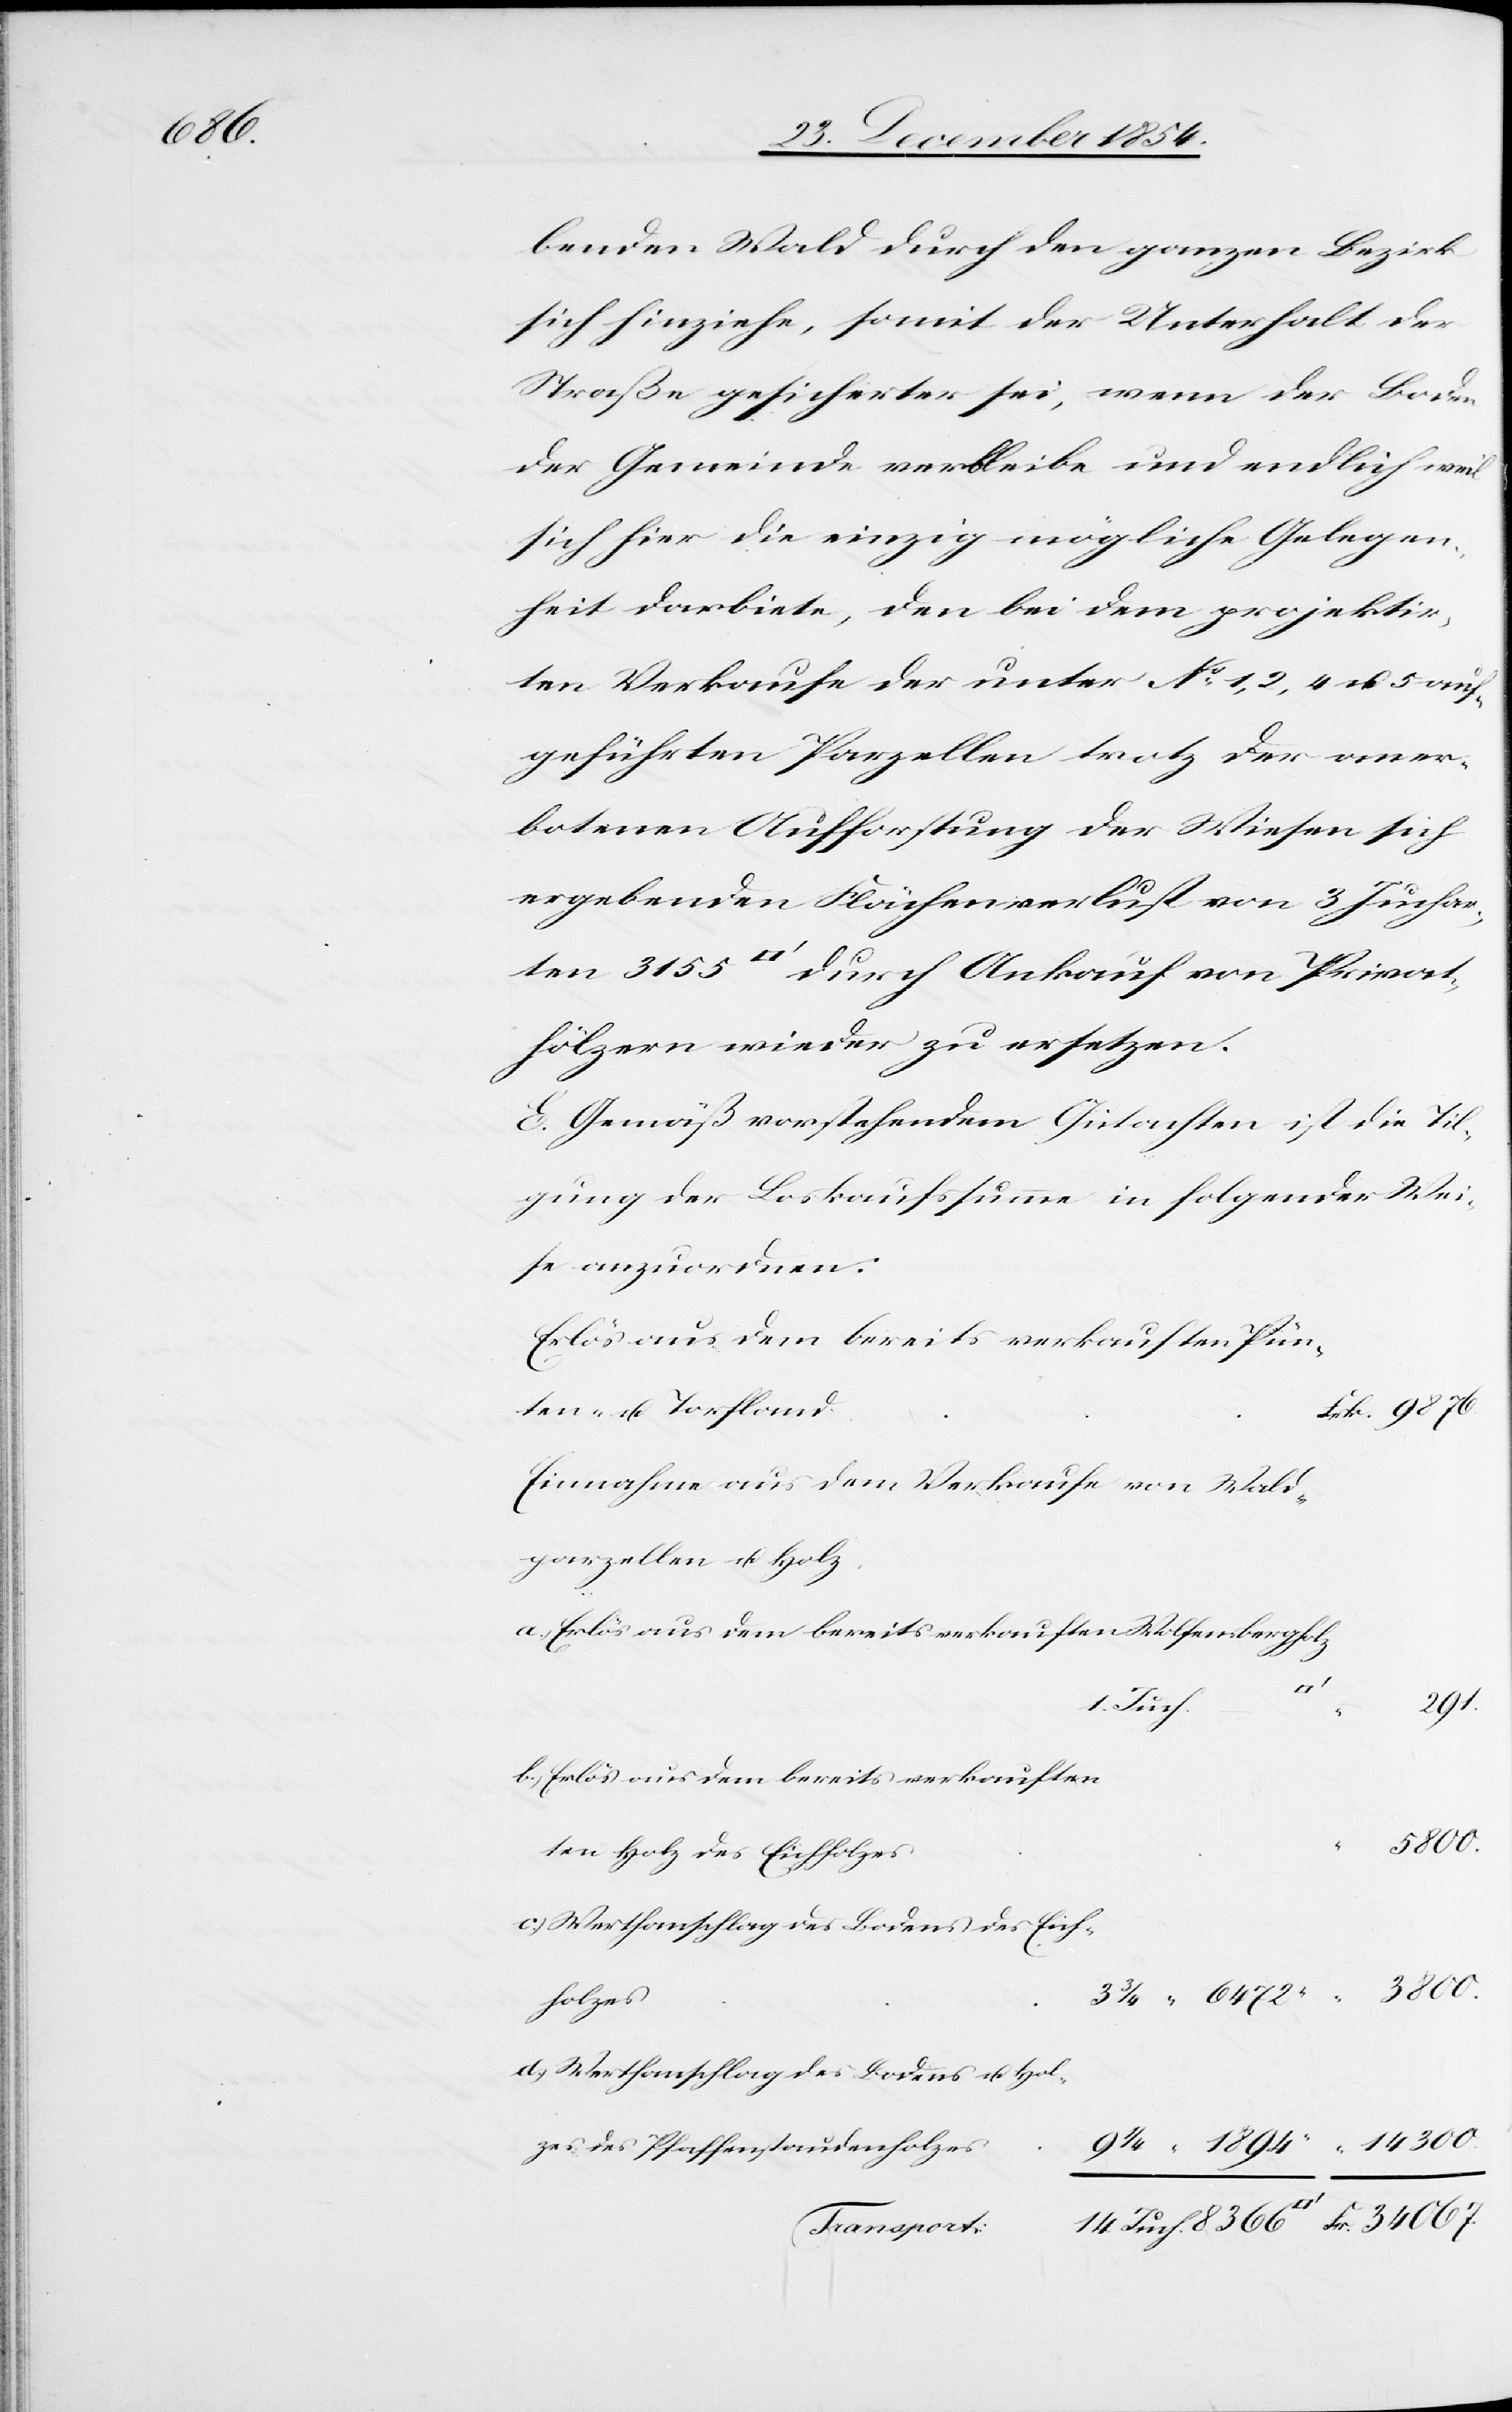
14 300.

benden Wald durch den ganzen Bezirk
sich hinziehe, somit der Unterhalt der
Straße gesicherter sei, wenn der Boden
der Gemeinde verbleibe und endlich weil
sich hier die einzig mögliche Gelegen¬
heit darbiete, den bei dem projektir¬
ten Verkaufe der unter No 1, 2, 4 u. 5 auf¬
geführten Parzellen trotz der aner¬
botenen Aufforstung der Wiesen sich
ergebenden Flächenverlust von 3 Juchar¬
hölzern wieder zu ersetzen.
E. Gemäß vorstehendem Gutachten ist die Til¬
gung der Loskaufssumme in folgender Wei¬
se anzuordnen:
Erlös aus dem bereits verkauften Pün¬
ten- u. Torfland
Einnahme aus dem Verkaufe von Wald¬
parzellen u. Holz
a.) Erlös aus dem bereits verkaufen Wolfensbergholz
3
3800.
durch
b.) Erlös aus dem bereits verkaufe¬
n Holz des Eichholzes
c.) Werthanschlag des Bodens des Eich¬
holzes
d.) Werthanschlag des Bodens u. Hol¬
zes des Pfaffenstaudenholzes